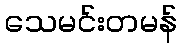
သေမင်းတမန်